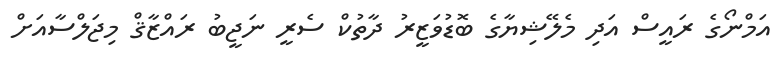
އަމްނޯގެ ރައީސް އަދި މެލޭޝިޔާގެ ބޮޑުވަޒީރު ދާތުކް ސެރީ ނަޖީބު ރައްޒާޤް މިޖަލްސާއަށް